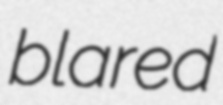
blared